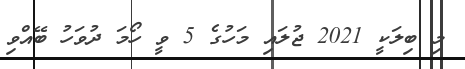
މި ބިލަކީ 2021 ޖުލައި މަހުގެ 5 ވީ ހޯމަ ދުވަހު ބޭއްވި